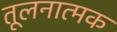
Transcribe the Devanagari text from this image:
तूलनात्मक